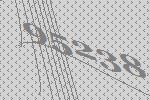
95238